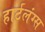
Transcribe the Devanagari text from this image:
हार्टलंग्स